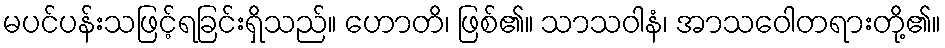
မပင်ပန်းသဖြင့်ရခြင်းရှိသည်။ ဟောတိ၊ ဖြစ်၏။ သာသဝါနံ၊ အာသဝေါတရားတို့၏။